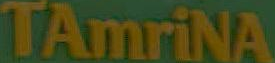
TAmriNA